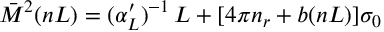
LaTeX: \bar { M } ^ { 2 } ( n L ) = ( \alpha _ { L } ^ { \prime } ) ^ { - 1 } \, L + [ 4 \pi n _ { r } + b ( n L ) ] \sigma _ { 0 }